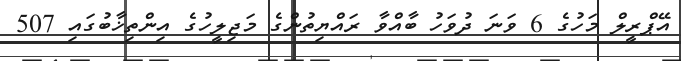
އޭޕްރީލް މަހުގެ 6 ވަނަ ދުވަހު ބާއްވާ ރައްޔިތުންގެ މަޖިލީހުގެ އިންތިޚާބުގައި 507